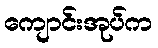
ကျောင်းအုပ်က